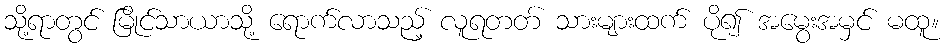
သို့ရာတွင် မြိုင်သာယာသို့ ရောက်လာသည့် လူရတတ် သားများထက် ပို၍ အမွေးအမှင် မထူ။